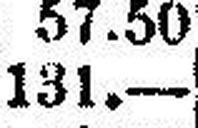
131.—